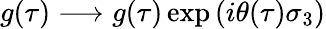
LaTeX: g(\tau)\longrightarrow g(\tau)\exp\left(i\theta(\tau)\sigma_{3}\right)